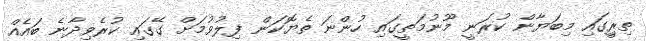
ތިރިީގައި މިބަޔާން ކުރަނީ މޫނުމަތީގައި ހުންނަ ތެޔޮކަން ފިލުވުމަށް ގޭގައި ކުރެވިދާނެ ބައެއް